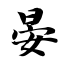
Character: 晏